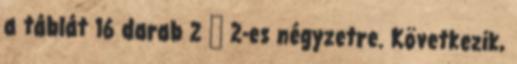
a táblát 16 darab 2 х 2-es négyzetre. Következik,